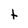
Character: t